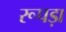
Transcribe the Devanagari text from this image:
रूपड़ा